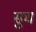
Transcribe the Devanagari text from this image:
सुघ